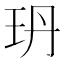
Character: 玬